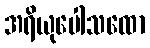
အရိယုပေါသထော